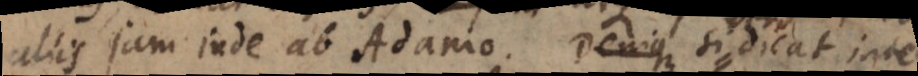
aliis jam inde ab Adamo.... Si vero dicat inte